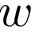
w